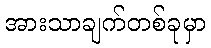
အားသာချက်တစ်ခုမှာ